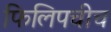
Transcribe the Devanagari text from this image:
फिलिपचीच